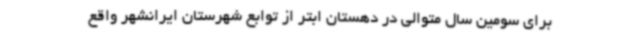
برای سومین سال متوالی در دهستان ابتر از توابع شهرستان ایرانشهر واقع